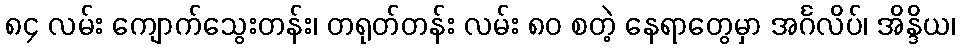
၈၄ လမ်း ကျောက်သွေးတန်း၊ တရုတ်တန်း လမ်း ၈၀ စတဲ့ နေရာတွေမှာ အင်္ဂလိပ်၊ အိန္ဒိယ၊